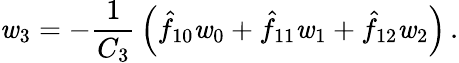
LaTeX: \mathit{w}_{3}=-{\frac{{1}}{{C_{3}}}}\left(\hat{{f}}_{10}\mathit{w}_{0}+\hat{{f}}_{11}\mathit{w}_{1}+\hat{{f}}_{12}\mathit{w}_{2}\right)\, .